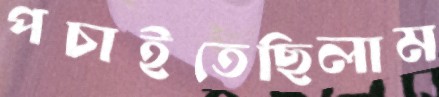
পচাইতেছিলাম